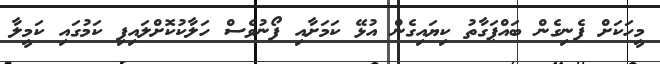
މީހަކަށް ފެނިގެން ބައްޕަގާތު ކިޔައިގެން އުޅޭ ކަމަށާއި ފޯނުވެސް ހަލާކުކޮށްލައިފި ކަމުގައި ކަމީލާ